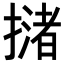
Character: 𢵻